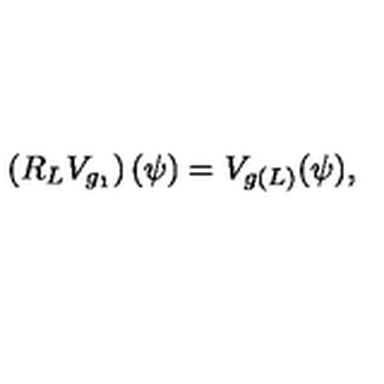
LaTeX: \left( R _ { L } V _ { g _ { 1 } } \right) ( \psi ) = V _ { g ( L ) } ( \psi ) ,